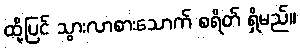
ထို့ပြင် သွားလာစားသောက် စရိတ် ရှိမည်။